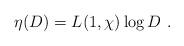
LaTeX: \begin{align*}\eta(D) = L(1,\chi) \log D\ . \end{align*}